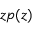
z p ( z )